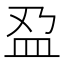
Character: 𫞯